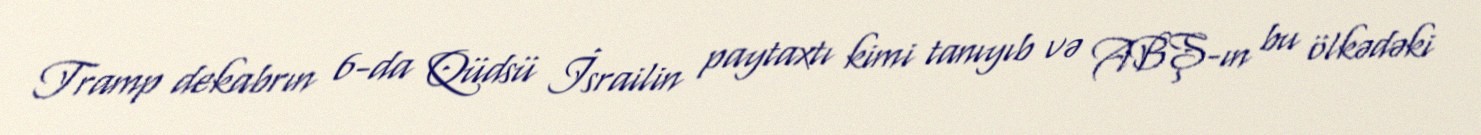
Tramp dekabrın 6-da Qüdsü İsrailin paytaxtı kimi tanıyıb və ABŞ-ın bu ölkədəki